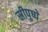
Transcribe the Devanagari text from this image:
स्रीपुष्पे